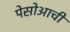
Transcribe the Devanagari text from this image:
पेसोआची